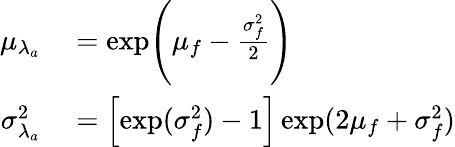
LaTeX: \begin{array}{rl}{\mu_{\lambda_{a}}}&{{}=\mathrm{exp}\Bigg(\mu_{f}-\frac{\sigma_{f}^{2}}{2}\Bigg)}\\ {\sigma_{\lambda_{a}}^{2}}&{{}=\Big[\mathrm{exp}(\sigma_{f}^{2})-1\Big]\, \mathrm{exp}(2\mu_{f}+\sigma_{f}^{2})}\end{array}